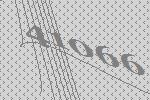
41066